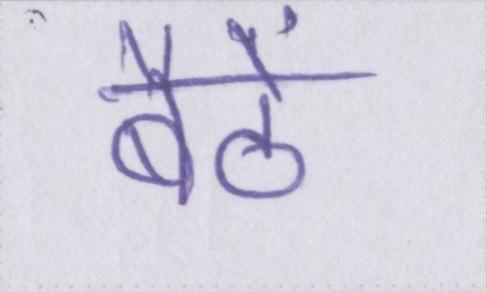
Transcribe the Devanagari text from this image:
बैठें